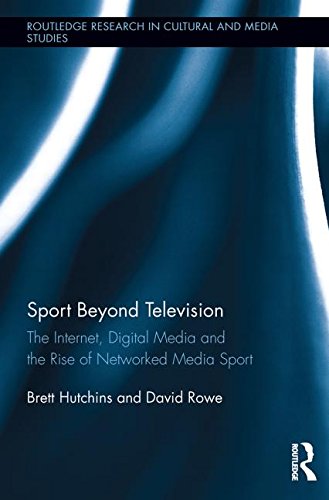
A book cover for Sport Beyond Television: The Internet, Digital Media and the Rise of Networked Media Sport (Routledge Research in Cultural and Media Studies); Brett Hutchins; Sports & Outdoors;